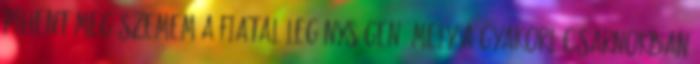
pihent meg szemem a fiatal legénységen, mely a gyakorlócsarnokban